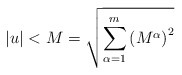
\begin{align*}\left\vert u\right\vert <M=\sqrt{\sum\limits_{\alpha =1}^{m}\left( M^{\alpha}\right) ^{2}}\end{align*}